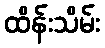
ထိန်းသိမ်း